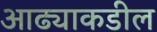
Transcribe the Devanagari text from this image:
आढ्याकडील